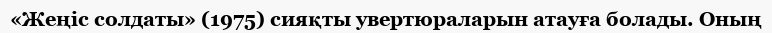
«Жеңіс солдаты» (1975) сияқты увертюраларын атауға болады. Оның